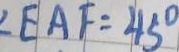
\angle E A F = 4 5 ^ { \circ }